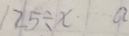
1 2 5 \div x \cdot a